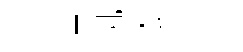
惶帆木乏